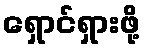
ရှောင်ရှားဖို့